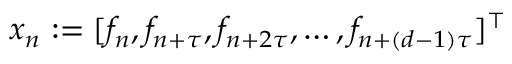
x _ { n } : = [ f _ { n } , f _ { n + \tau } , f _ { n + 2 \tau } , \ldots , f _ { n + ( d - 1 ) \tau } ] ^ { \top }